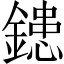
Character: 𨫑